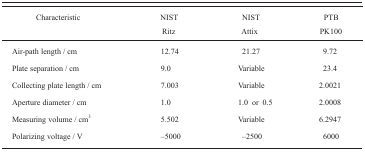
| Characteristic | NIST Ritz | NIST Attix | PTB PK100 |
 | --- | --- | --- | --- |
 | Air-path length / cm | 12.74 | 21.27 | 9.72 |
 | Plate separation / cm | 9.0 | Variable | 23.4 |
 | Collecting plate length / cm | 7.003 | Variable | 2.0021 |
 | Aperture diameter / cm | 1.0 | 1.0 or 0.5 | 2.0008 |
 | Measuring volume / cm3 | 5.502 | Variable | 6.2947 |
 | Polarizing voltage / V | −5000 | −2500 | 6000 |